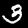
Label: 3